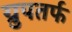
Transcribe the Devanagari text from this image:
ग्रुपतर्फ